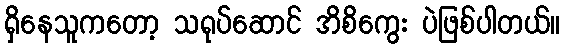
ရှိနေသူကတော့ သရုပ်ဆောင် အိစိကွေး ပဲဖြစ်ပါတယ်။